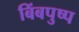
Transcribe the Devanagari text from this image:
बिंबपुष्प